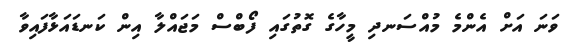
ވަަނަ އަށް އެންމެ މުއްސަނދި މީހާގެ ގޮތުގައި ފޯބްސް މަޖައްލާ އިން ކަނޑައަޅާފައިވާ